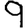
Digit: 9